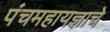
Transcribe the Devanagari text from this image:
पंचमहायज्ञाचे